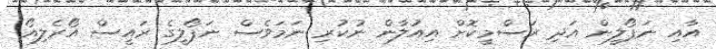
އާއި ނަޕޯލީން އަދި ރަސްމީކޮށް އިއުލާން ނުކުރި ނަމަވެސް ނަޕޯލީގެ ރައީސް އޯރެލިއޯ